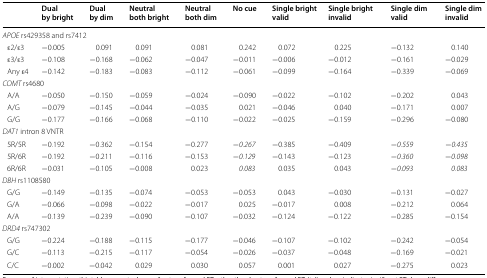
<table><thead><tr><td></td><td><b>Dual by bright</b></td><td><b>Dual by dim</b></td><td><b>Neutral both bright</b></td><td><b>Neutral both dim</b></td><td><b>No cue</b></td><td><b>Single bright valid</b></td><td><b>Single bright invalid</b></td><td><b>Single dim valid</b></td><td><b>Single dim invalid</b></td></tr></thead><tbody><tr><td colspan="10"><i>APOE</i> rs429358 and rs7412</td></tr><tr><td> ε2/ε3</td><td>−0.005</td><td>0.091</td><td>0.091</td><td>0.081</td><td>0.242</td><td>0.072</td><td>0.225</td><td>−0.132</td><td>0.140</td></tr><tr><td> ε3/ε3</td><td>−0.108</td><td>−0.168</td><td>−0.062</td><td>−0.047</td><td>−0.011</td><td>−0.006</td><td>−0.012</td><td>−0.161</td><td>−0.029</td></tr><tr><td> Any ε4</td><td>−0.142</td><td>−0.183</td><td>−0.083</td><td>−0.112</td><td>−0.061</td><td>−0.099</td><td>−0.164</td><td>−0.339</td><td>−0.069</td></tr><tr><td colspan="10"><i>COMT</i> rs4680</td></tr><tr><td> A/A</td><td>−0.050</td><td>−0.150</td><td>−0.059</td><td>−0.024</td><td>−0.090</td><td>−0.022</td><td>−0.102</td><td>−0.202</td><td>0.043</td></tr><tr><td> A/G</td><td>−0.079</td><td>−0.145</td><td>−0.044</td><td>−0.035</td><td>0.021</td><td>−0.046</td><td>0.040</td><td>−0.171</td><td>0.007</td></tr><tr><td> G/G</td><td>−0.177</td><td>−0.166</td><td>−0.068</td><td>−0.110</td><td>−0.022</td><td>−0.025</td><td>−0.159</td><td>−0.296</td><td>−0.080</td></tr><tr><td colspan="10"><i>DAT1</i> intron 8 VNTR</td></tr><tr><td> 5R/5R</td><td>−0.192</td><td>−0.362</td><td>−0.154</td><td>−0.277</td><td><i>−0.267</i></td><td>−0.385</td><td>−0.409</td><td><i>−0.559</i></td><td><i>−0.435</i></td></tr><tr><td> 5R/6R</td><td>−0.192</td><td>−0.211</td><td>−0.116</td><td>−0.153</td><td><i>−0.129</i></td><td>−0.143</td><td>−0.123</td><td><i>−0.360</i></td><td><i>−0.098</i></td></tr><tr><td> 6R/6R</td><td>−0.031</td><td>−0.105</td><td>−0.008</td><td>0.023</td><td><i>0.083</i></td><td>0.035</td><td>0.043</td><td><i>−0.093</i></td><td><i>0.083</i></td></tr><tr><td colspan="10"><i>DBH</i> rs1108580</td></tr><tr><td> G/G</td><td>−0.149</td><td>−0.135</td><td>−0.074</td><td>−0.053</td><td>−0.053</td><td>0.043</td><td>−0.030</td><td>−0.131</td><td>−0.027</td></tr><tr><td> G/A</td><td>−0.066</td><td>−0.098</td><td>−0.022</td><td>−0.017</td><td>0.025</td><td>−0.017</td><td>0.008</td><td>−0.212</td><td>0.064</td></tr><tr><td> A/A</td><td>−0.139</td><td>−0.239</td><td>−0.090</td><td>−0.107</td><td>−0.032</td><td>−0.124</td><td>−0.122</td><td>−0.285</td><td>−0.154</td></tr><tr><td colspan="10"><i>DRD4</i> rs747302</td></tr><tr><td> G/G</td><td>−0.224</td><td>−0.188</td><td>−0.115</td><td>−0.177</td><td>−0.046</td><td>−0.107</td><td>−0.102</td><td>−0.242</td><td>−0.054</td></tr><tr><td> G/C</td><td>−0.113</td><td>−0.215</td><td>−0.117</td><td>−0.054</td><td>−0.026</td><td>−0.037</td><td>−0.048</td><td>−0.169</td><td>−0.021</td></tr><tr><td> C/C</td><td>−0.002</td><td>−0.042</td><td>0.029</td><td>0.030</td><td>0.057</td><td>0.001</td><td>0.027</td><td>−0.275</td><td>0.023</td></tr></tbody></table>